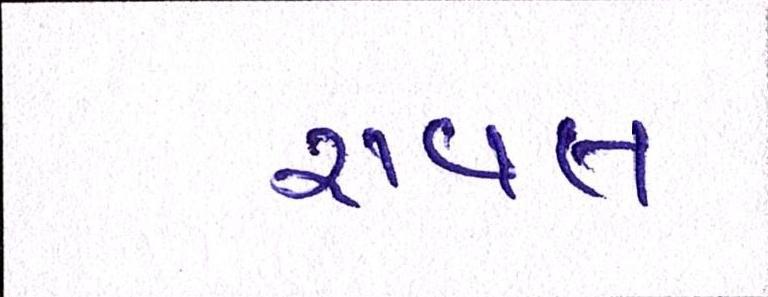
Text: રાવલ